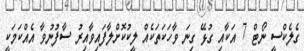
ގެލެކްސީ ނޯޓް 7 އަކާއި ގުޅޭ ގިނަ ވާހަކަތަކެއް ލީކުކޮށްލާފައިވާއިރު ސާފުނުވާ އެއްކަމަކީ